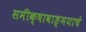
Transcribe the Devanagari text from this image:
समीक्षावाङ्मयाचे